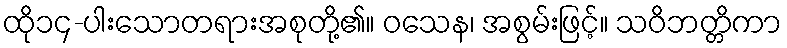
ထို၁၄-ပါးသောတရားအစုတို့၏။ ဝသေန၊ အစွမ်းဖြင့်။ သဝိဘတ္တိကာ